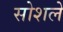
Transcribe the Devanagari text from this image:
सोशले